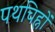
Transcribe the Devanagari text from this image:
पथचिह्नों